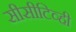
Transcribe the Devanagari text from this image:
सीसीटिव्ही